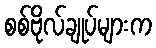
စစ်ဗိုလ်ချုပ်များက